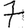
Digit: 7